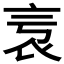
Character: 𧘎